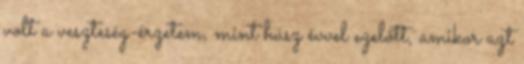
volt a veszteség-érzetem, mint húsz évvel ezelõtt, amikor azt